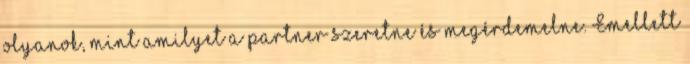
olyanok, mint amilyet a partner szeretne és megérdemelne. Emellett